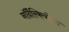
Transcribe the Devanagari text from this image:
नॉर्देंस्कियोल्ड